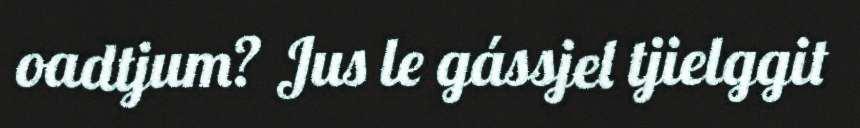
oadtjum? Jus le gássjel tjielggit